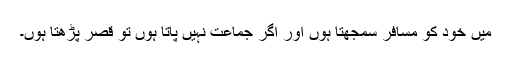
میں خود کو مسافر سمجھتا ہوں اور اگر جماعت نہیں پاتا ہوں تو قصر پڑھتا ہوں۔